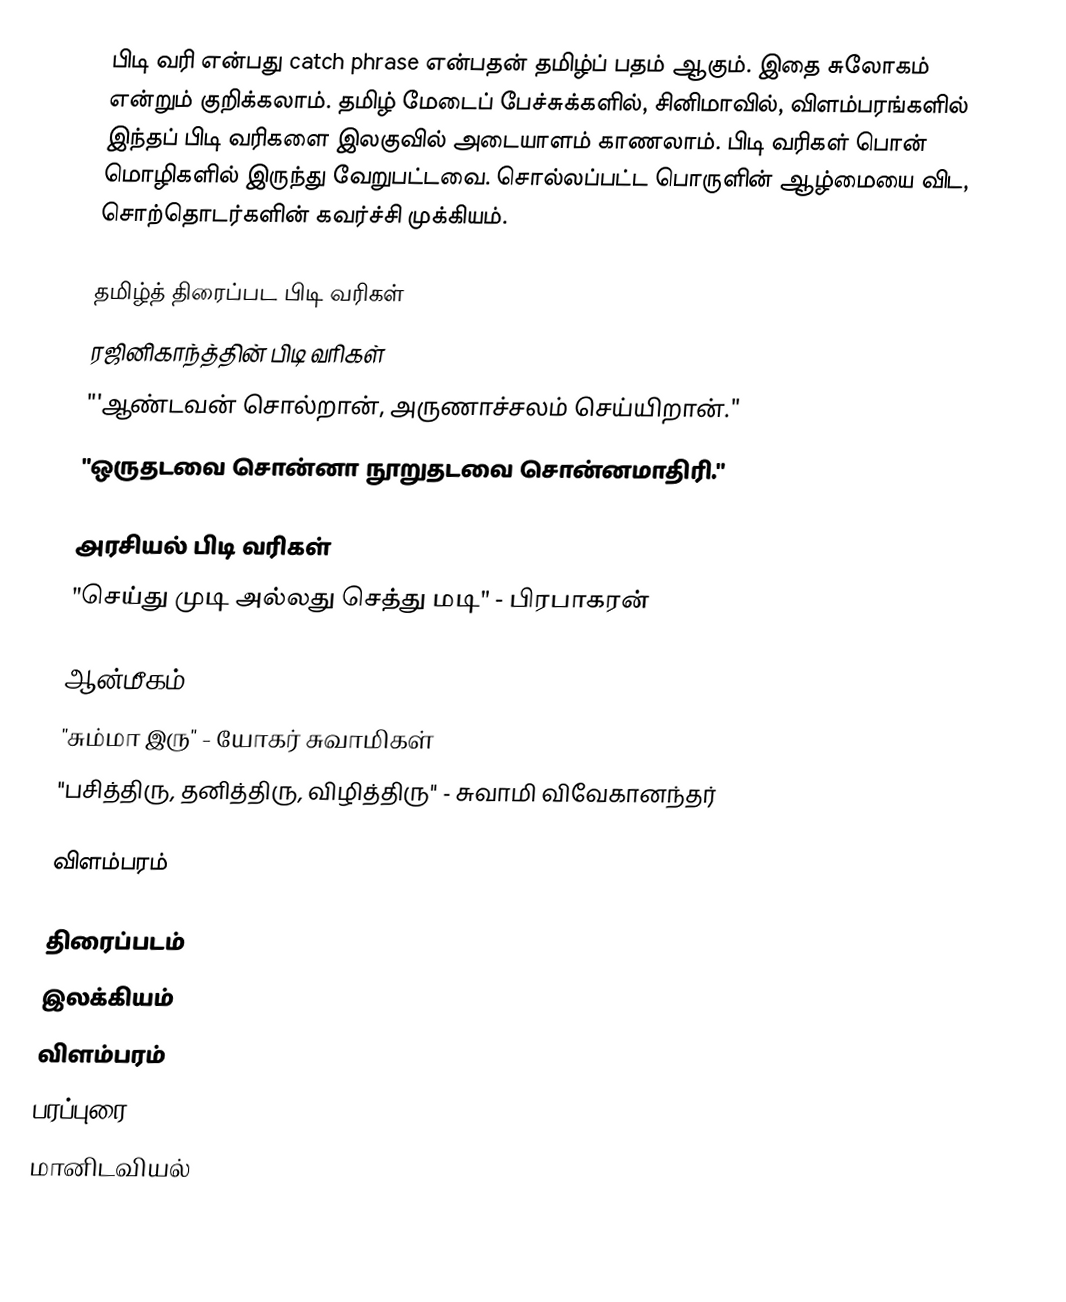
பிடி வரி என்பது catch phrase என்பதன் தமிழ்ப் பதம் ஆகும். இதை சுலோகம் என்றும் குறிக்கலாம். தமிழ் மேடைப் பேச்சுக்களில், சினிமாவில், விளம்பரங்களில் இந்தப் பிடி வரிகளை இலகுவில் அடையாளம் காணலாம். பிடி வரிகள் பொன் மொழிகளில் இருந்து வேறுபட்டவை. சொல்லப்பட்ட பொருளின் ஆழ்மையை விட, சொற்தொடர்களின் கவர்ச்சி முக்கியம்.

தமிழ்த் திரைப்பட பிடி வரிகள்
 ரஜினிகாந்த்தின் பிடி வரிகள்
 "'ஆண்டவன் சொல்றான், அருணாச்சலம் செய்யிறான்."
 "ஒருதடவை சொன்னா நூறுதடவை சொன்னமாதிரி."

அரசியல் பிடி வரிகள்
 "செய்து முடி அல்லது செத்து மடி" - பிரபாகரன்

ஆன்மீகம்
 "சும்மா இரு" - யோகர் சுவாமிகள்
 "பசித்திரு, தனித்திரு, விழித்திரு" - சுவாமி விவேகானந்தர்

விளம்பரம்

திரைப்படம்
இலக்கியம்
விளம்பரம்
பரப்புரை
மானிடவியல்